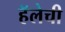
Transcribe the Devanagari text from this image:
हॅलेची